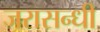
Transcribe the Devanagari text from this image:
जरासन्धी